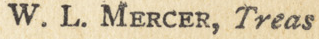
W. L. MERCER, Treas